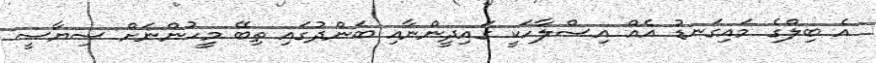
އެ ބިލްގެ މައިގަނޑު އެއް އިސްލާހަކީ ގައިދީންނާއި ބަންދުގައި ތިބޭ މީހުންނަށް ސިޔާސީ